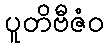
ပူတိဗီဇံဝ